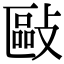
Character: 敺